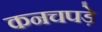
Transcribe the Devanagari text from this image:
कनचपड़े